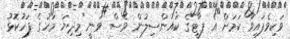
ވަކިވެފައިވާ ކަމަށް އެ ޕާޓީގެ ކައުންސިލުން ވެސް ވަނީ މިދިޔަ މަހުގެ ފަހުކޮޅު